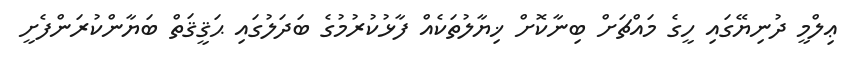
ޢިލްމީ ދުނިޔޭގައި ހީގެ މައްޗަށް ބިނާކޮށް ޚިޔާލުތަކެއް ފާޅުކުރުމުގެ ބަދަލުގައި ޙަޤީޤަތް ބަޔާންކުރަންފެށީ